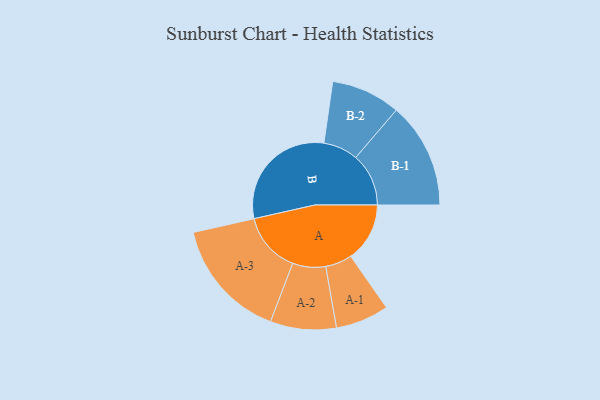
{"axis": {"x": "Segment", "y": "Value"}, "legend": ["", "A", "B"], "data": [{"x": "A", "y": 243, "type": ""}, {"x": "B", "y": 489, "type": ""}, {"x": "A-1", "y": 110, "type": "A"}, {"x": "A-2", "y": 136, "type": "A"}, {"x": "A-3", "y": 249, "type": "A"}, {"x": "B-1", "y": 218, "type": "B"}, {"x": "B-2", "y": 143, "type": "B"}]}